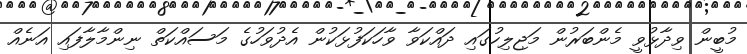
މުބީން ވިދާޅުވީ މެންބަރުން މަޖިލިހުގައި ދައްކަވާ ވާހަަކަފުޅަކުން އެދުވަހުގެ މަސައްކަތް ނިންމާލާފައި އަނެއް